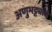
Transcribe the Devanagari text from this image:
अणुभट्ट्यांचे